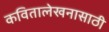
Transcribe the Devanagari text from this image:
कवितालेखनासाठी